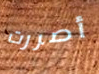
أصررت